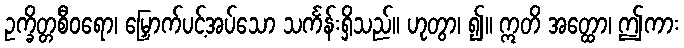
ဥက္ခိတ္တစီဝရော၊ မြှောက်ပင့်အပ်သော သင်္ကန်းရှိသည်။ ဟုတွာ၊ ၍။ ဣတိ အတ္ထော၊ ဤကား